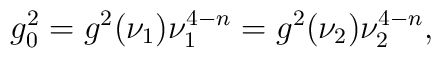
g^{2}_{0}=g^{2}(\nu_{1})\nu_{1}^{4-n}=g^{2}(\nu_{2})\nu_{2}^{4-n},